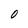
Character: 0